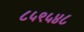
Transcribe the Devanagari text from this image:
८५९५४८